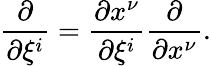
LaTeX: {\frac{\partial}{\partial\xi^{i}}}={\frac{\partial x^{\nu}}{\partial\xi^{i}}}{\frac{\partial}{\partial x^{\nu}}}.